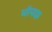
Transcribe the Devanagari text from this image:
थॉमाझ